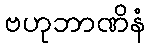
ဗဟုဘာဏိနံ